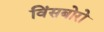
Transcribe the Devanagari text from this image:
विंसबोरो